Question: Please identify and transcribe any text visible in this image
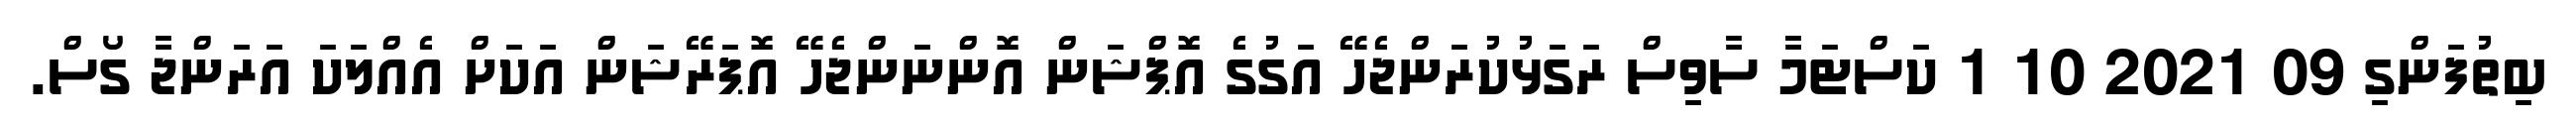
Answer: ބިތުފަންގި 09 2021 10 1 ކަސްޓަމާ ސާވިސް ރަގަޅުކުރަންޖެހޭ އަގުގެ އޮޕްޝަން އޮންނަންޖެހޭ އޮޕަރޭޝަން އަކަށް އެއްލަކަ އަރަންޖާ ގޯސް.